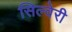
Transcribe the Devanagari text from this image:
सिल्वेरी